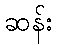
ဆန်း